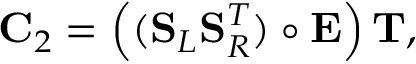
\mathbf { C } _ { 2 } = \left( ( \mathbf { S } _ { L } \mathbf { S } _ { R } ^ { T } ) \circ \mathbf { E } \right) \mathbf { T } ,